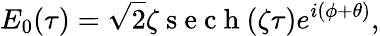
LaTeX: E_{0}(\tau)=\sqrt{2}\zeta\mathrm{~s~e~c~h~}(\zeta\tau)e^{i(\phi+\theta)},